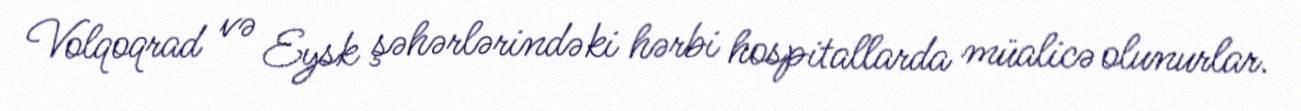
Volqoqrad və Eysk şəhərlərindəki hərbi hospitallarda müalicə olunurlar.